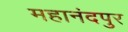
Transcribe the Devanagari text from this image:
महानंदपुर